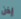
إذن